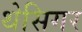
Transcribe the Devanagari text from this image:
थेसिगर